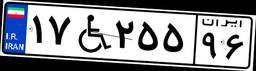
۱۷W۲۵۵۹۶